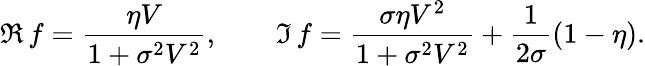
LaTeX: \Re\, f={\frac{\eta V}{1+\sigma^{2}V^{2}}},\qquad\Im\, f={\frac{\sigma\eta V^{2}}{1+\sigma^{2}V^{2}}}+{\frac{1}{2\sigma}}(1-\eta).